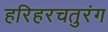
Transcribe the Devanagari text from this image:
हरिहरचतुरंग